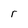
Character: r